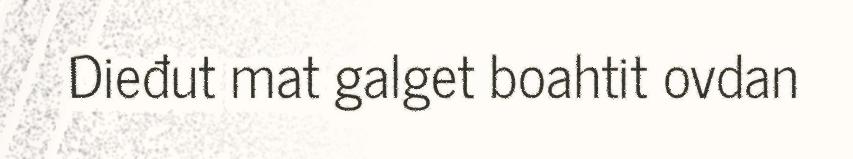
Dieđut mat galget boahtit ovdan